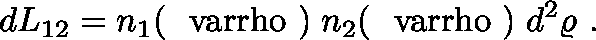
d L _ { 1 2 } = n _ { 1 } ( { \mathrm { \boldmath ~ \ v a r r h o ~ } } ) \; n _ { 2 } ( { \mathrm { \boldmath ~ \ v a r r h o ~ } } ) \; d ^ { 2 } \varrho \ .